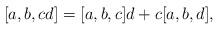
LaTeX: \begin{align*} [a, b, cd]=[a, b, c]d+c[a, b, d], \end{align*}